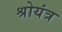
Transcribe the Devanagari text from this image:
श्रोयंत्र